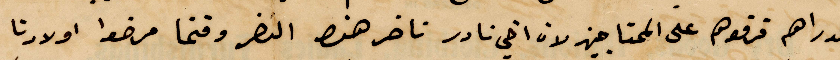
الدراهم قرقوهم على المحتاجين لان اخي نادر تأخر هذا النضر وقتما مرضوا أولادنا